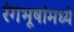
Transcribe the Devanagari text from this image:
रंगभूषांमध्ये